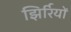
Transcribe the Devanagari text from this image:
झिर्रियों